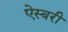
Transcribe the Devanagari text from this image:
ऐस्बरी